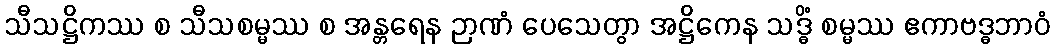
သီသဋ္ဌိကဿ စ သီသစမ္မဿ စ အန္တရေန ဉာဏံ ပေသေတွာ အဋ္ဌိကေန သဒ္ဓိံ စမ္မဿ ဧကာဗဒ္ဓဘာဝံ